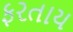
ફરતાય